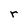
Character: r